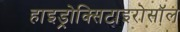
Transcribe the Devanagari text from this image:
हाइड्रोक्सिटाइरोसॉल